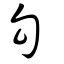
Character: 勾